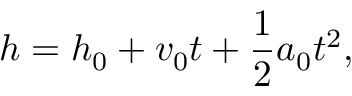
h = h _ { 0 } + v _ { 0 } t + \frac { 1 } { 2 } a _ { 0 } t ^ { 2 } ,